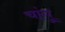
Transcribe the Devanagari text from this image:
चांगु